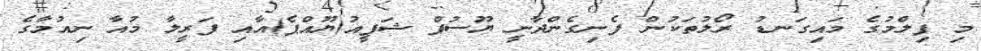
މި ފިލްމުގެ މައިގަނޑު ރޯލުތަކުން ފެނިގެންދާނީ ޔޫސުފް ޝަފީއު(ޔޫއްޕެ)އާއި ފަރީލާ މުއާ ނިއުމާގެ